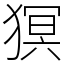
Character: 猽